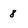
Character: 8